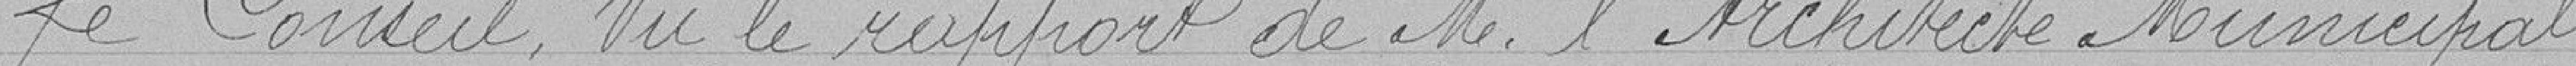
Le Conseil, vu le rapport de M. l'Architecte Municipal